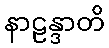
နာဠန္ဒာတိ